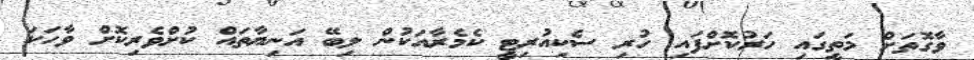
ވާގޮތަށް މަތީގައި ހަރުކޮށްފައި ހުރި ސެކިއުރިޓީ ކެމެރާއަކުން ލިބޭ އަނިޔާތައް ކުށްވެރިކޮށް ވާހަކަ